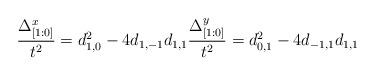
LaTeX: \begin{align*} \frac{\Delta^x_{[1:0]}}{t^2}=d_{1,0}^2-4d_{1,-1}d_{1,1} \frac{\Delta^y_{[1:0]}}{t^2}=d_{0,1}^2-4d_{-1,1}d_{1,1}\end{align*}